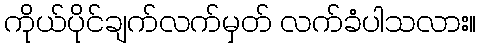
ကိုယ်ပိုင်ချက်လက်မှတ် လက်ခံပါသလား။